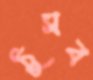
ঠুসব